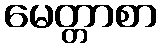
မေတ္တာစာ